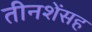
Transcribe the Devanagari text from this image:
तीनशेंसह